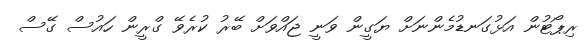
ރިޕޯޓުން އަޅުގަނޑުމެންނަށް ޔަގީން ވަނީ ޖައްވަށް ބޭރު ކުރެވޭ ގްރީން ހައުސް ގޭސް